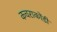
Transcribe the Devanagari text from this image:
कचराकोंडी